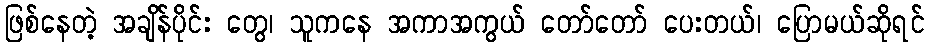
ဖြစ်နေတဲ့ အချိန်ပိုင်း တွေ၊ သူကနေ အကာအကွယ် တော်တော် ပေးတယ်၊ ပြောမယ်ဆိုရင်